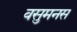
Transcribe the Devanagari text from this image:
वसुमनस